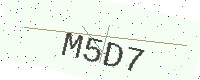
Text: M5D7